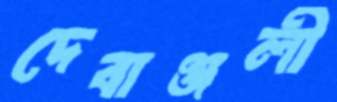
দেবাঞ্জলী